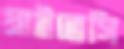
প্রাইভেসি